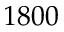
1 8 0 0